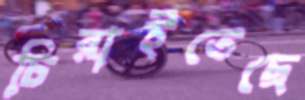
চিরাইতেছে